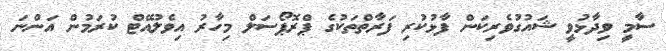
ސާމީ ވިދާޅުވީ ޝައުގުވެރިކަން ފާޅުކުރި ފަރާތްތަކުގެ ޕްރޮޕޯސަލް މިހާރު އިވެލުއޭޓް ކުރަމުން އަންނަ